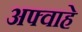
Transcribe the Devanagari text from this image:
अफ्वाहे